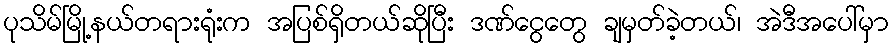
ပုသိမ်မြို့နယ်တရားရုံးက အပြစ်ရှိတယ်ဆိုပြီး ဒဏ်ငွေတွေ ချမှတ်ခဲ့တယ်၊ အဲဒီအပေါ်မှာ